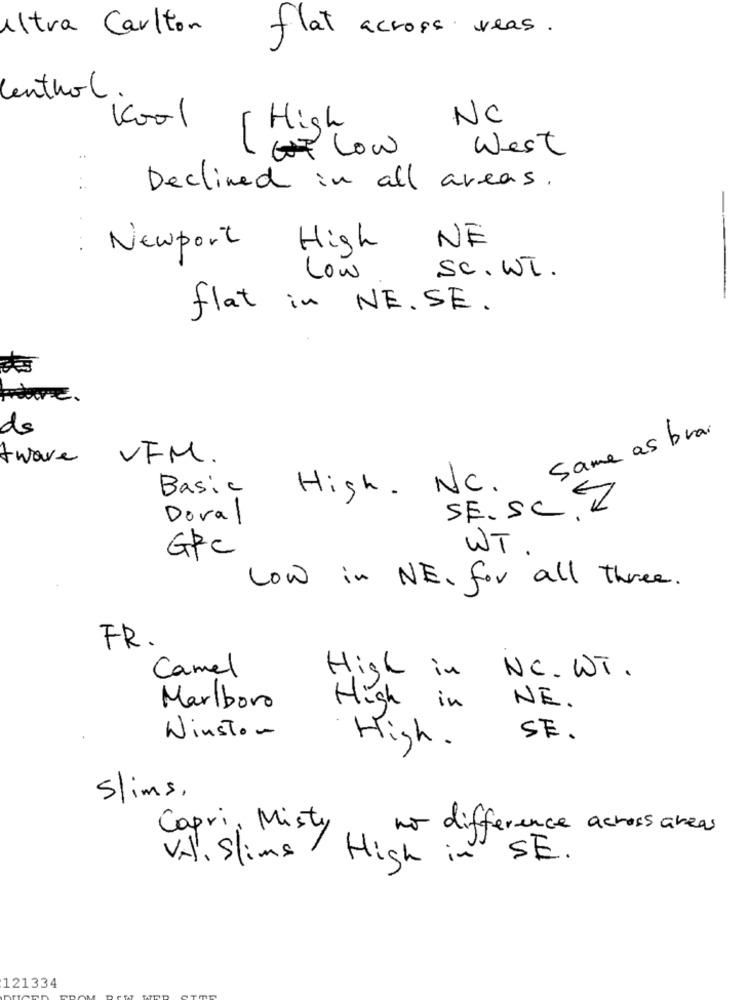
Altra Carlton
flat across veas.
Centhol .
Kool
NC
High
GOT Low
West
Declined in all areas .
NE
Newport High
SC. WT.
Low
flat in NE. SE .
precise.
de
same as brai
tware
VFM.
Basic
High. NC.
SE.SC.Z
Doval
WT .
GPC
Low in NE. for all three.
FR.
Camel
High in
NC. WT .
High
Marlboro
in
NE.
Winston
SE.
High .
Slims.
Capri, Misty
no difference across areas
Vil, Slims !
High in SE.
121334